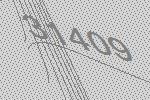
31409